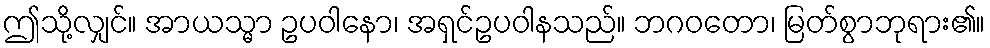
ဤသို့လျှင်။ အာယသ္မာ ဥပဝါနော၊ အရှင်ဥပဝါနသည်။ ဘဂဝတော၊ မြတ်စွာဘုရား၏။